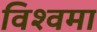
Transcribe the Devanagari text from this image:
विश्वमा